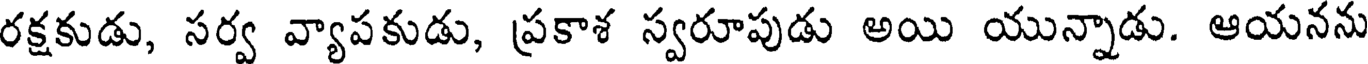
రక్షకుడు, సర్వ వ్యాపకుడు, ప్రకాశ స్వరూపుడు అయి యున్నాడు. ఆయనను